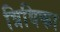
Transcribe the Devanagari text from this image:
त्रिविका